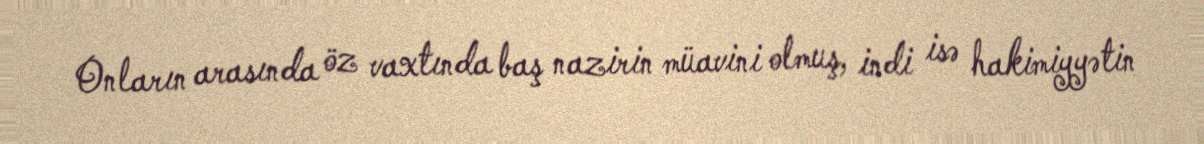
Onların arasında öz vaxtında baş nazirin müavini olmuş, indi isə hakimiyyətin